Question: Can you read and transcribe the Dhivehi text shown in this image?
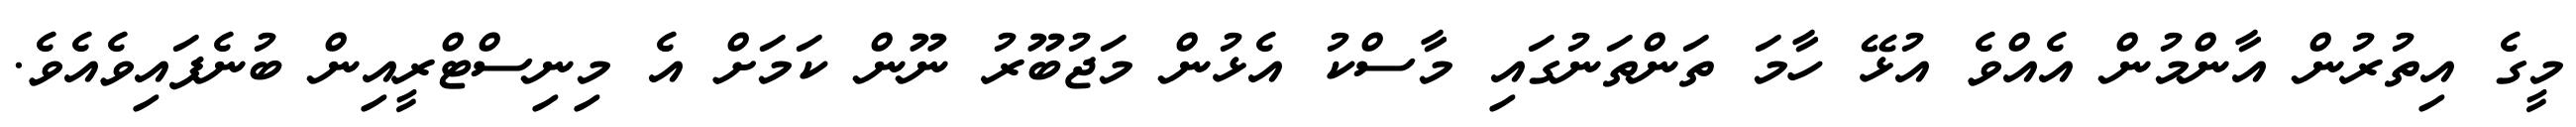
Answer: މީގެ އިތުރުން އާންމުން އެއްވެ އުޅޭ ހާމަ ތަންތަނުގައި މާސްކު އެޅުން މަޖުބޫރު ނޫން ކަމަށް އެ މިނިސްޓްރީއިން ބުނެފައިވެއެވެ.